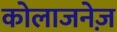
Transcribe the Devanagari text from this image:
कोलाजनेज़